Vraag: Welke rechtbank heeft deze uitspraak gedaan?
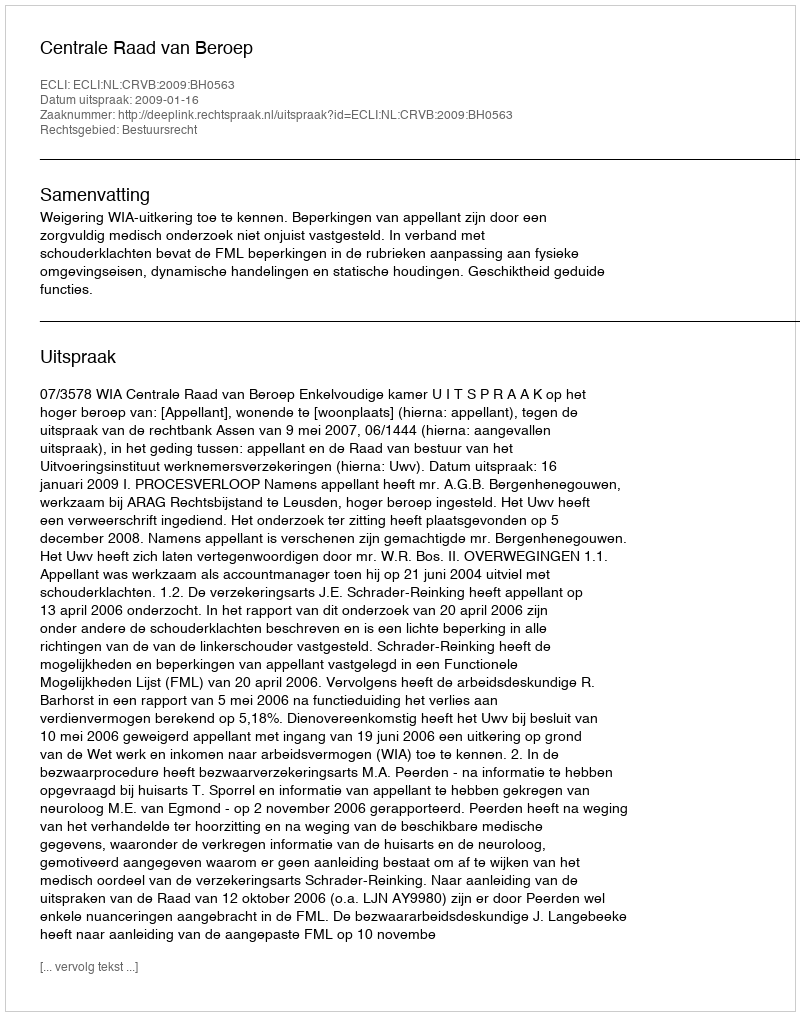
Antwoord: Centrale Raad van Beroep